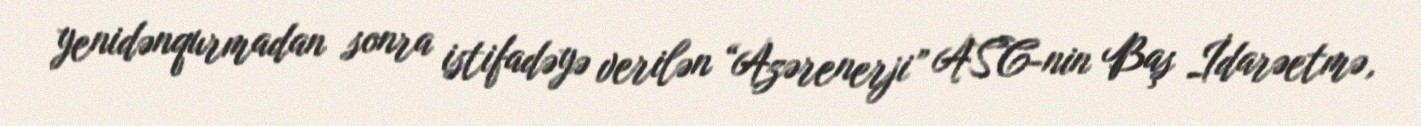
yenidənqurmadan sonra istifadəyə verilən “Azərenerji” ASC-nin Baş İdarəetmə,